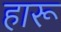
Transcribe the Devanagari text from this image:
हारू